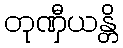
တုဏှီယန္တိ